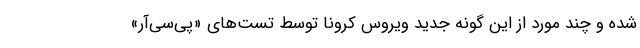
شده و چند مورد از این گونه جدید ویروس کرونا توسط تست‌های «پی‌سی‌آر»